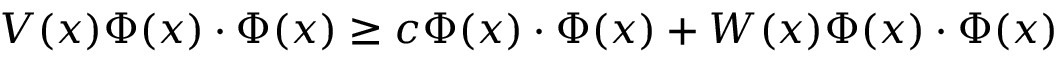
V ( x ) \Phi ( x ) \cdot \Phi ( x ) \geq c \Phi ( x ) \cdot \Phi ( x ) + W ( x ) \Phi ( x ) \cdot \Phi ( x )